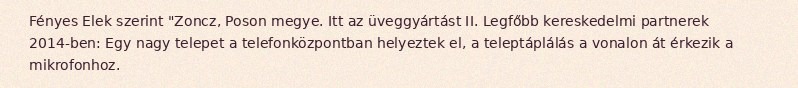
Fényes Elek szerint "Zoncz, Poson megye. Itt az üveggyártást II. Legfőbb kereskedelmi partnerek 2014-ben: Egy nagy telepet a telefonközpontban helyeztek el, a teleptáplálás a vonalon át érkezik a mikrofonhoz.